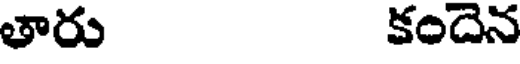
తారు కందెన